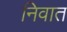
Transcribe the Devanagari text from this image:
निवात